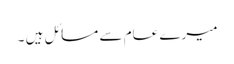
میرے عام سے مسائل ہیں ۔